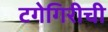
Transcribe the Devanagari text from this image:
टगेगिरीची